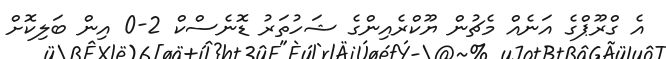
އެ ގްރޫޕްގެ އަނެއް މެޗުން ޔޫކްރެއިންގެ ޝަހުތަރު ޑޮނެސްކް 2-0 އިން ބަލިކޮށް